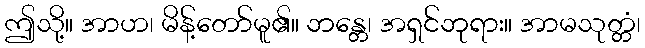
ဤသို့။ အာဟ၊ မိန့်တော်မူ၏။ ဘန္တေ၊ အရှင်ဘုရား။ အာမသုတ္တံ၊